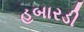
હબારડી